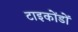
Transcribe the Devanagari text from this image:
टाइकोंडों